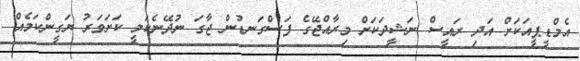
އެމްޑީޕީއަކަށް އަދި ރައީސް ނަޝީދަކަށް މިރާއްޖޭގެ ފަސްގަނޑުން ޖާގަ ނުދޭނެކަމީ ކަށަވަރު ޔަގީންކަމެއް